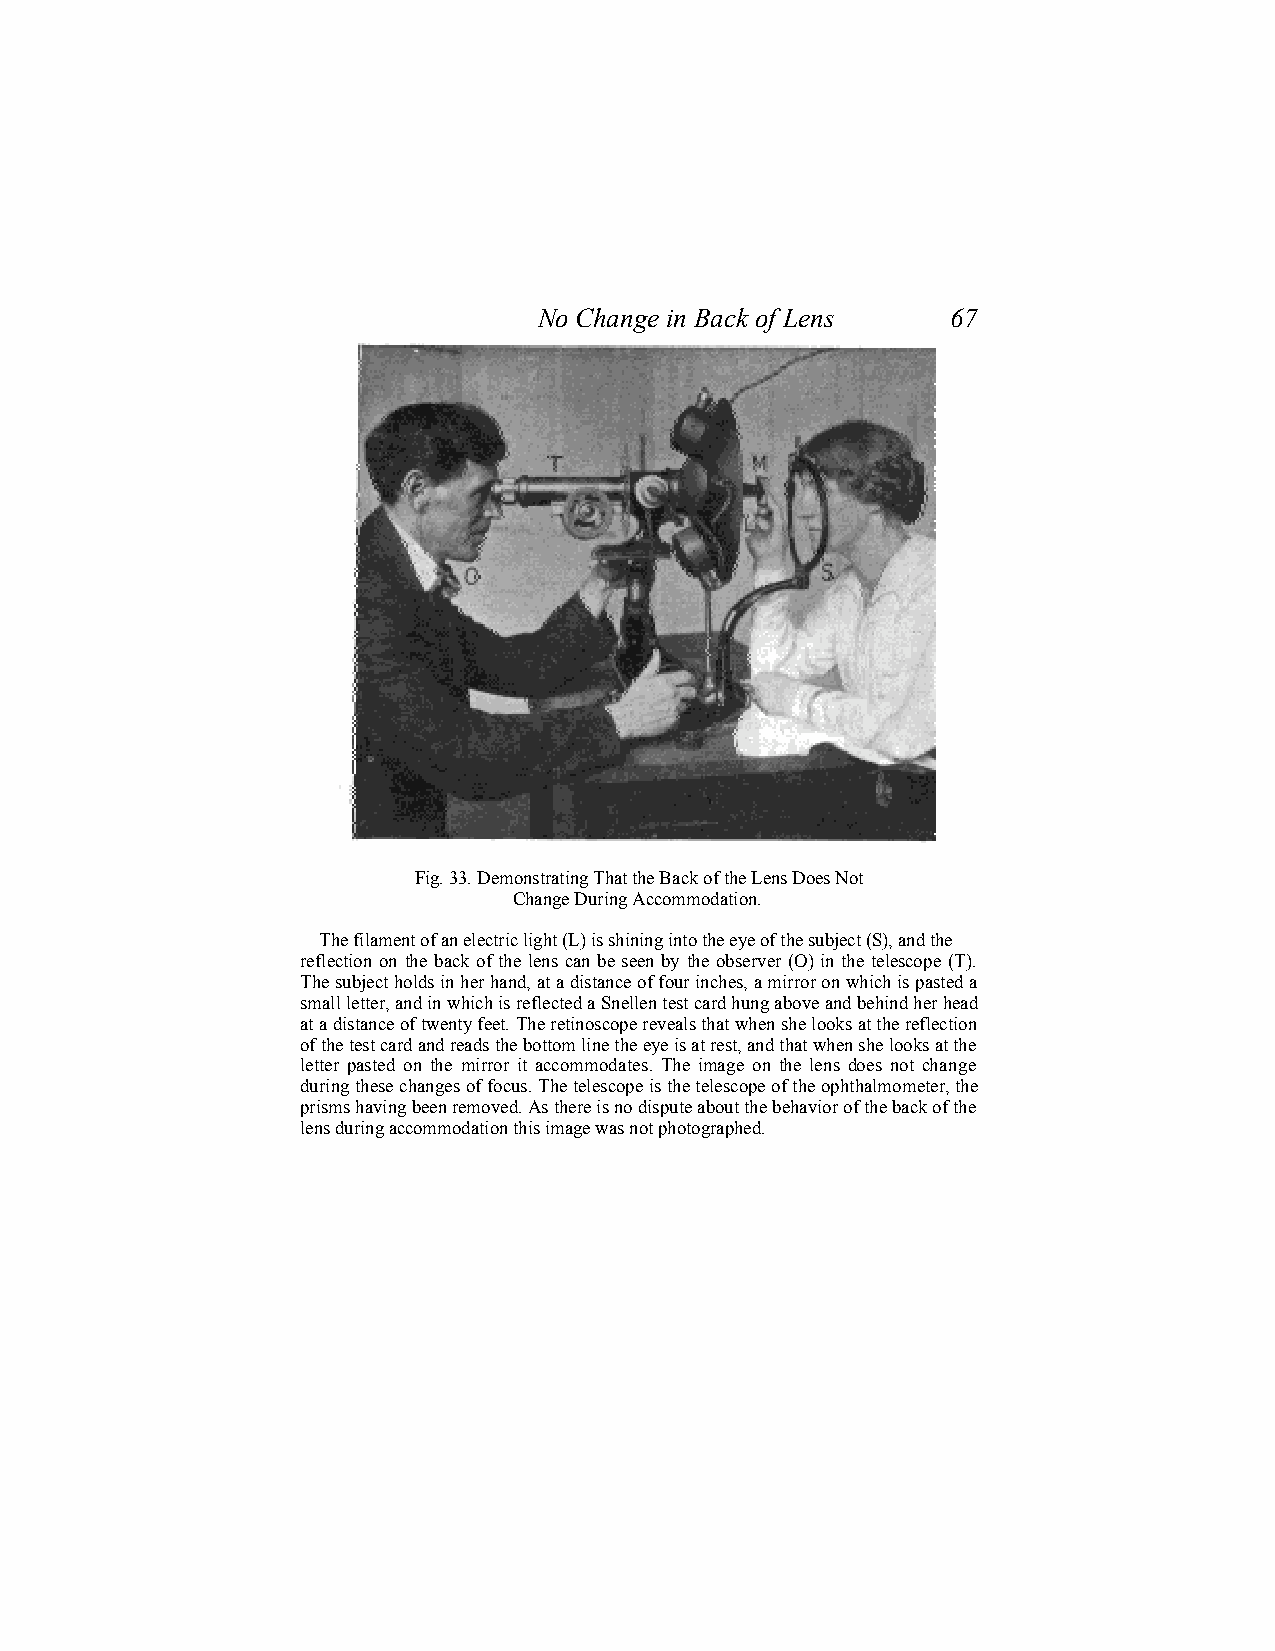
No Change in Back of Lens  67
 Fig. 33. Demonstrating That the Back of the Lens Does Not
 Change During Accommodation.
 The filament of an electric light (L) is shining into the eye of the subject (S), and the
 reflection on the back of the lens can be seen by the observer (O) in the telescope (T).
 The subject holds in her hand, at a distance of four inches, a mirror on which is pasted a
 small letter, and in which is reflected a Snellen test card hung above and behind her head
 at a distance of twenty feet. The retinoscope reveals that when she looks at the reflection
 of the test card and reads the bottom line the eye is at rest, and that when she looks at the
 letter pasted on the mirror it accommodates. The image on the lens does not change
 during these changes of focus. The telescope is the telescope of the ophthalmometer, the
 prisms having been removed. As there is no dispute about the behavior of the back of the
 lens during accommodation this image was not photographed.